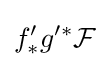
f'_{*}g'^{*}{\mathcal {F}}